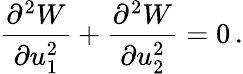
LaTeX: \frac{\partial^{2}W}{\partial u_{1}^{2}}+\frac{\partial^{2}W}{\partial u_{2}^{2}}=0\, .